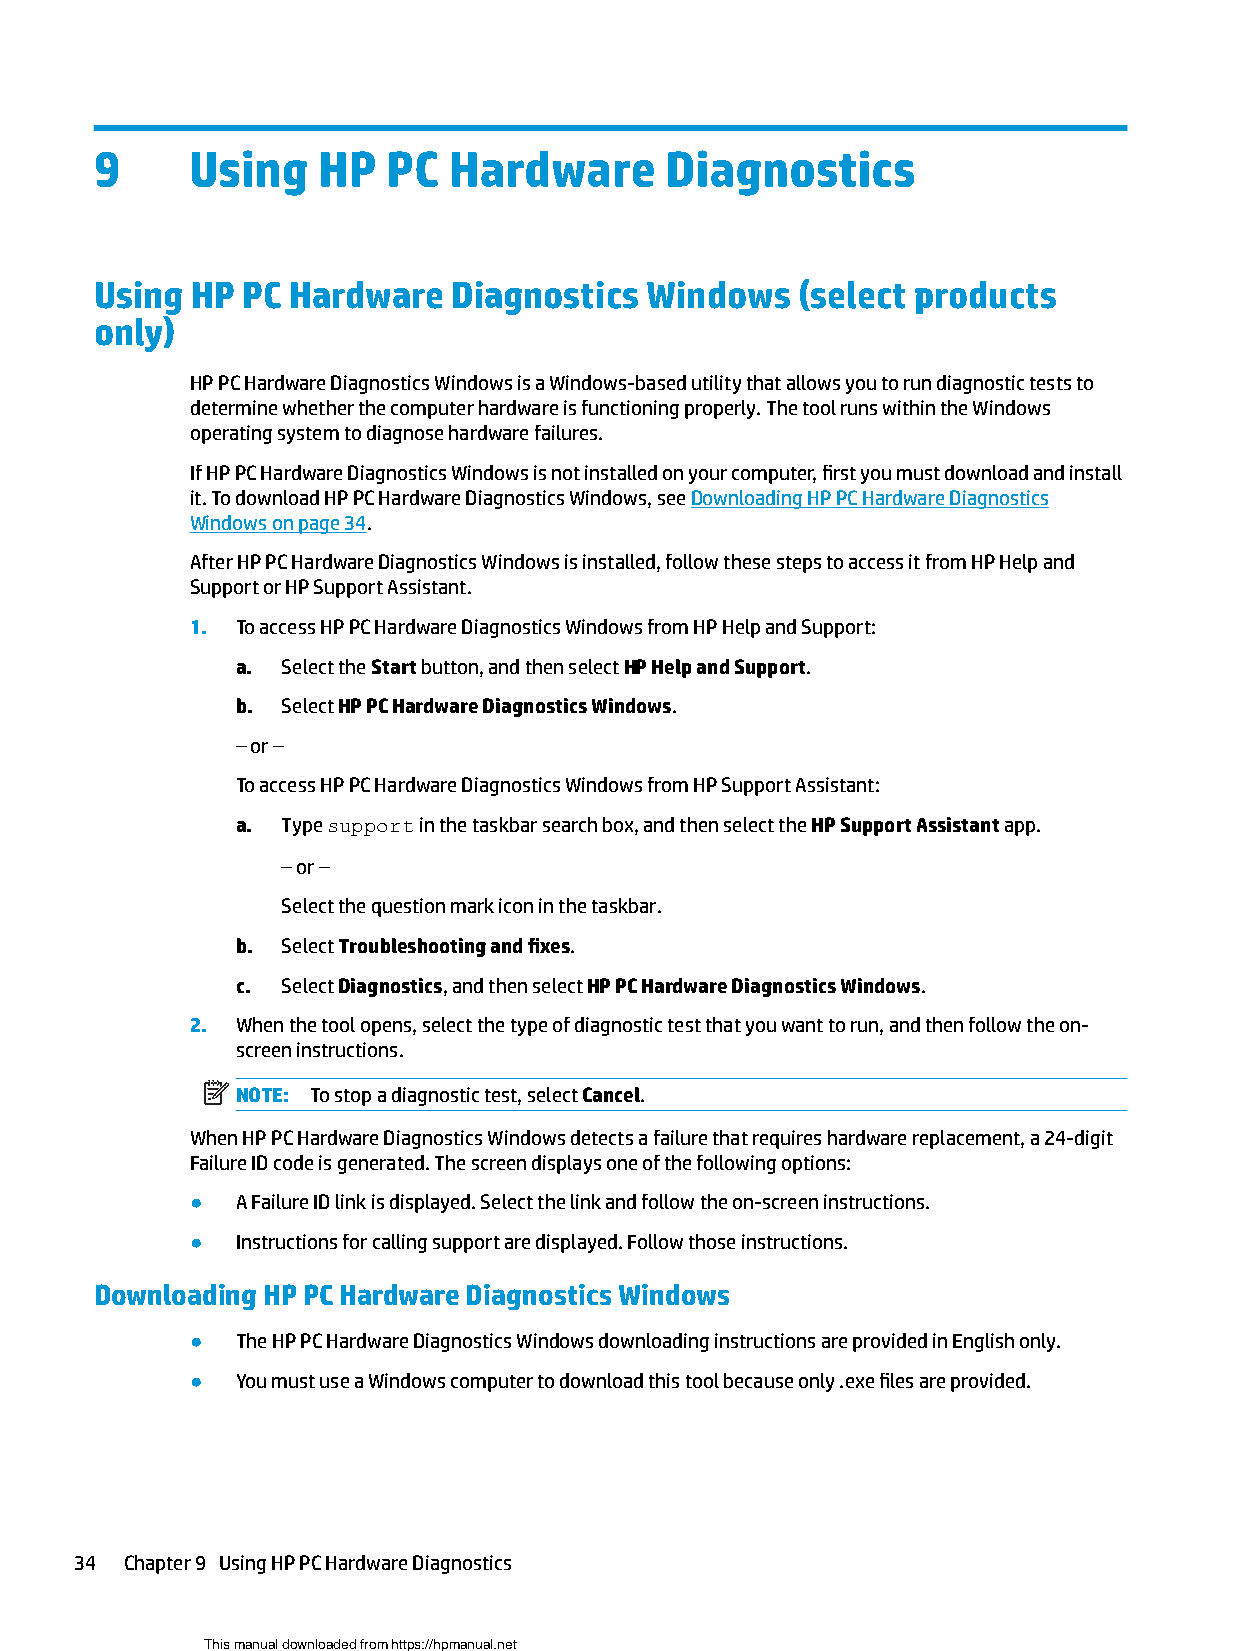
9     Using    HP   PC  Hardware      Diagnostics
 Using  HP PC Hardware   Diagnostics  Windows   (select products
 only)
 HP PC Hardware Diagnostics Windows is a Windows-based utility that allows you to run diagnostic tests to
 determine whether the computer hardware is functioning properly. The tool runs within the Windows
 operating system to diagnose hardware failures.
 If HP PC Hardware Diagnostics Windows is not installed on your computer, first you must download and install
 it. To download HP PC Hardware Diagnostics Windows, see Downloading HP PC Hardware Diagnostics
 Windows on page 34.
 After HP PC Hardware Diagnostics Windows is installed, follow these steps to access it from HP Help and
 Support or HP Support Assistant.
 1. To access HP PC Hardware Diagnostics Windows from HP Help and Support:
 a. Select the Start button, and then select HP Help and Support.
 b. Select HP PC Hardware Diagnostics Windows.
 – or –
 To access HP PC Hardware Diagnostics Windows from HP Support Assistant:
 a. Type support in the taskbar search box, and then select the HP Support Assistant app.
 – or –
 Select the question mark icon in the taskbar.
 b. Select Troubleshooting and fixes.
 c. Select Diagnostics, and then select HP PC Hardware Diagnostics Windows.
 2. When the tool opens, select the type of diagnostic test that you want to run, and then follow the on-
 screen instructions.
 NOTE: To stop a diagnostic test, select Cancel.
 When HP PC Hardware Diagnostics Windows detects a failure that requires hardware replacement, a 24-digit
 Failure ID code is generated. The screen displays one of the following options:
 ●  A Failure ID link is displayed. Select the link and follow the on-screen instructions.
 ●  Instructions for calling support are displayed. Follow those instructions.
 Downloading HP PC Hardware Diagnostics Windows
 ●  The HP PC Hardware Diagnostics Windows downloading instructions are provided in English only.
 ●  You must use a Windows computer to download this tool because only .exe files are provided.
 34 Chapter 9 Using HP PC Hardware Diagnostics
 This manual downloaded from https://hpmanual.net